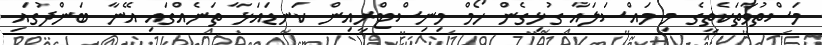
މަސްތުވާތަކެތީގެ މި މައްސަލައާ ގުޅިގެން ހޯމް މިނިސްޓްރީއިން ކަނޑައަޅާ ތަނެއްގައި އޭނާ ބަންދުގައި